Report on horse surra - Volume II, Part I
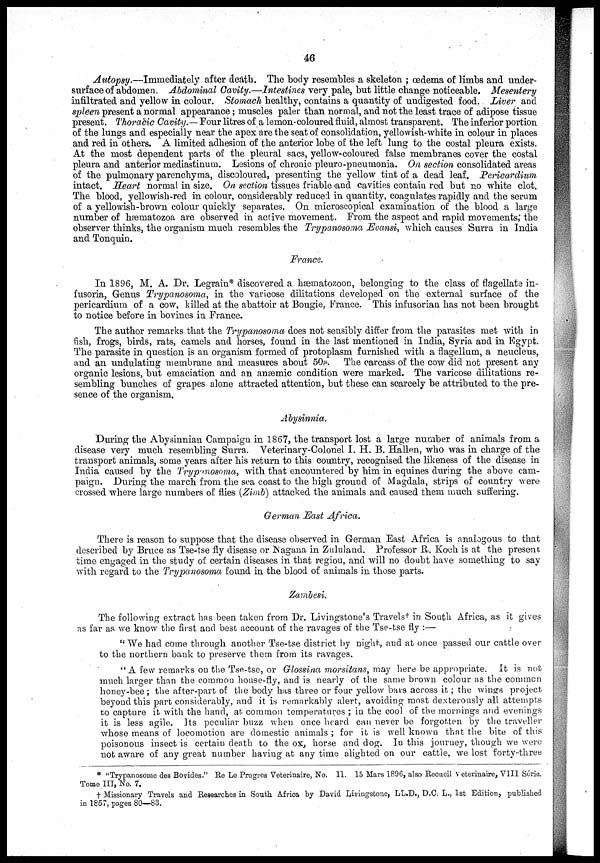
46
Autopsy.— Immediately after death. The body resembles a skeleton ; œdema of limbs and under-
surface of abdomen. Abdominal Cavity.—Intestines very pale, but little change noticeable.
Mesentery
infiltrated and yellow in colour. Stomach healthy, contains a quantity of undigested food. Liver and
spleen present a normal appearance; muscles paler than normal, and not the least trace of adipose tissue
present. Thoracic Cavity.— Four litres of a lemon-coloured fluid, almost transparent. The inferior portion
of the lungs and especially near the apex are the seat of consolidation, yellowish-white in colour in places
and red in others. A limited adhesion of the anterior lobe of the left lung to the costal pleura exists.
At the most dependent parts of the pleural sacs, yellow-coloured false membranes cover the costal
pleura and anterior mediastinum. Lesions of chronic pleuro-pneumonia. On section consolidated areas
of the pulmonary parenchyma, discoloured, presenting the yellow tint of a dead leaf.
Pericardium
intact. Heart normal in size. On section tissues friable and cavities contain red but no white clot.
The blood, yellowish-red in colour, considerably reduced in quantity, coagulates rapidly and the serum
of a yellowish-brown colour quickly separates. On microscopical examination of the blood a large
number of hæmatozoa are observed in active movement. From the aspect and rapid movements; the
observer thinks, the organism much resembles the Trypanosoma Evansi, which causes Surra in India
and Tonquin.
France.
In 1896, M. A. Dr. Legrain* discovered a hæmatozoon, belonging to the class of flagellate in-
fusoria, Genus Trypanosoma, in the varicose dilitations developed on the external surface of the
pericardium of a cow, killed at the abattoir at Bougie, France. This infusorian has not been brought
to notice before in bovines in France.
The author remarks that the Trypanosoma does not sensibly differ from the parasites met with in
fish, frogs, birds, rats, camels and horses, found in the last mentioned in India, Syria and in Egypt.
The parasite in question is an organism formed of protoplasm furnished with a flagellum, a neucleus,
and an undulating membrane and measures about 50µ. The carcass of the cow did not present any
organic lesions, but emaciation and an anæmic condition were marked. The varicose dilitations re-
sembling bunches of grapes alone attracted attention, but these can scarcely be attributed to the pre-
sence of the organism.
Abysinnia.
During the Abysinnian Campaign in 1867, the transport lost a large number of animals from a
disease very much resembling Surra. Veterinary-Colonel I. H. B. Hallen, who was in charge of the
transport animals, some years after his return to this country, recognised the likeness of the disease in
India caused by the Trypanosoma, with that encountered by him in equines during the above cam-
paign. During the march from the sea coast to the high ground of Magdala, strips of country were
crossed where large numbers of flies (Zimb) attacked the animals and caused them much suffering.
German East Africa.
There is reason to suppose that the disease observed in German East Africa is analogous to that
described by Bruce as Tse-tse fly disease or Nagana in Zululand. Professor R. Koch is at the present
time engaged in the study of certain diseases in that regiou, and will no doubt have something to say
with regard to the Trypanosoma found in the blood of animals in those parts.
Zambesi.
The following extract has been taken from Dr. Livingstone's Travels† in South Africa, as it gives
as far as we know the first and best account of the ravages of the Tse-tse fly :—
"We had come through another Tse-tse district by night, and at once passed our cattle over
to the northern bank to preserve them from its ravages.
" A few remarks on the Tse-tse, or Glossina morsitans, may here be appropriate. It is not
much larger than the common house-fly, and is nearly of the same brown colour as the common
honey-bee; the after-part of the body has three or four yellow bars across it ; the wings project
beyond this part considerably, and it is remarkably alert, avoiding most dexterously all attempts
to capture it with the hand, at common temperatures ; in the cool of the mornings and evenings
it is less agile. Its peculiar buzz when once heard can never be forgotten by the traveller
whose means of locomotion are domestic animals ; for it is well known that the bite of this
poisonous insect is certain death to the ox, horse and dog. In this journey, though we were
not aware of any great number having at any time alighted on our cattle, we lost forty-three
* "Trypanosome des Bovides." Re Le Progres Veterinaire, No. 11. 15 Mars 1896, also Recueil Veterinaire, VIII Série,
Tome III, No. 7.
† Missionary Travels and Researches in South Africa by David Livingstone, LL.D., D.C. L., 1st Edition, published
in 1857, pages 80—83.